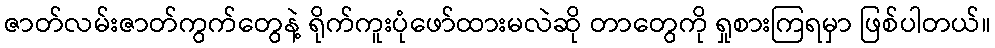
ဇာတ်လမ်းဇာတ်ကွက်တွေနဲ့ ရိုက်ကူးပုံဖော်ထားမလဲဆို တာတွေကို ရှုစားကြရမှာ ဖြစ်ပါတယ်။